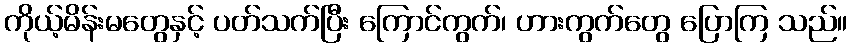
ကိုယ့်မိန်းမတွေနှင့် ပတ်သက်ပြီး ကြောင်ကွက်၊ ဟားကွက်တွေ ပြောကြ သည်။